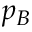
p _ { B }